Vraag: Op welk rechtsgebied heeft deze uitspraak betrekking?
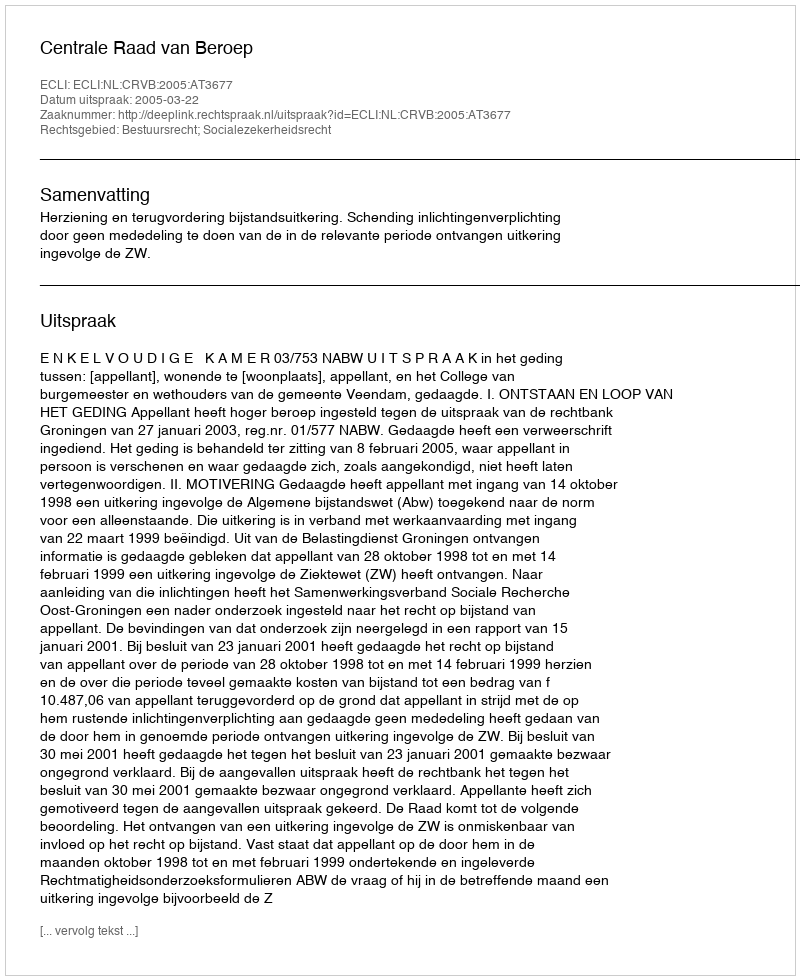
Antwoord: Bestuursrecht; Socialezekerheidsrecht